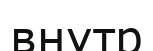
внутр